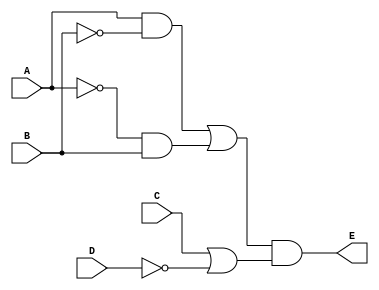
// Mikkel Dominic V. Gamboa - S14

module circuitBehavior (A, B, C, D, E);
    input A, B, C, D;
    output reg E;
    
    always @ (A, B, C, D)
    begin
        E = ((A&~B) | (~A&B)) & (C | ~D);
    end
endmodule